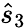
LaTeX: {\hat{s}}_{3}